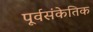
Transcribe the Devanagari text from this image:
पूर्वसंकेतिक